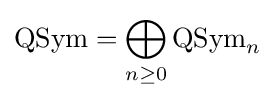
\operatorname {QSym} =\bigoplus _{n\geq 0}\operatorname {QSym} _{n}